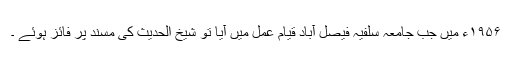
۱۹۵۶ء میں جب جامعہ سلفیہ فیصل آباد قیام عمل میں آیا تو شیخ الحدیث کی مسند پر فائز ہوئے ۔